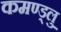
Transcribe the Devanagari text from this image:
कमण्ड्लु